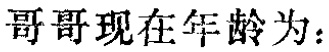
哥哥现在年龄为：